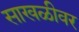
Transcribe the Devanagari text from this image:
साखळीवर